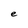
Character: e